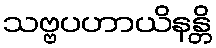
သဗ္ဗပဟာယိနန္တိ